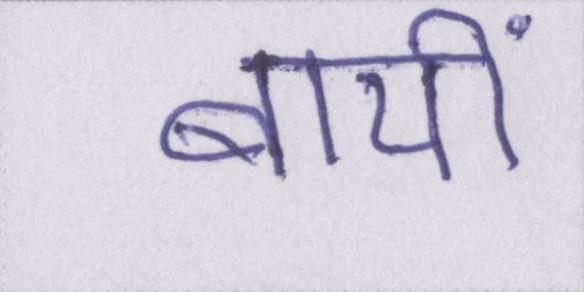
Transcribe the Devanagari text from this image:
बायीं